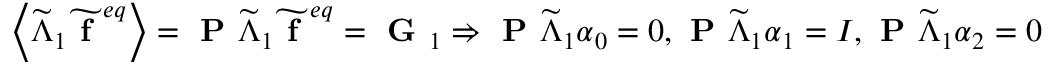
\left\langle \widetilde { \Lambda } _ { 1 } \widetilde { \textbf { f } } ^ { e q } \right\rangle = \textbf { P } \widetilde { \Lambda } _ { 1 } \widetilde { \textbf { f } } ^ { e q } = \textbf { G } _ { 1 } \Rightarrow \textbf { P } \widetilde { \Lambda } _ { 1 } \boldsymbol { \alpha } _ { 0 } = 0 , \textbf { P } \widetilde { \Lambda } _ { 1 } \boldsymbol { \alpha } _ { 1 } = I , \textbf { P } \widetilde { \Lambda } _ { 1 } \boldsymbol { \alpha } _ { 2 } = 0